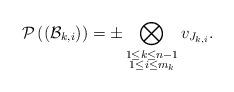
LaTeX: \begin{align*}\mathcal{P} \left((\mathcal{B}_{k,i})\right)=\pm \bigotimes_{\substack{1\le k\le n-1\\ 1\le i\le m_k}} v_{J_{k,i}}.\end{align*}